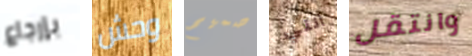
بإرجاع وحش صميم أنني وانتقل